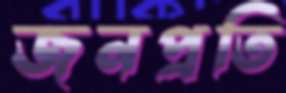
জনপ্রতি